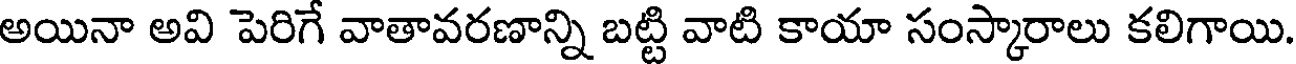
అయినా అవి పెరిగే వాతావరణాన్ని బట్టి వాటి కాయా సంస్కారాలు కలిగాయి